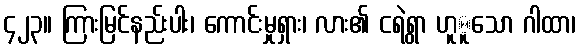
၄၂၃။ ကြားမြင်နည်းပါး၊ ကောင်းမှုရှား၊ လား၏ ငရဲရွာ ဟူူသော ဂါထာ၊